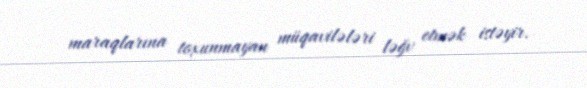
maraqlarına toxunmayan müqavilələri ləğv etmək istəyir.